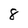
Character: 8